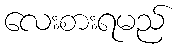
လေးစားရမည်